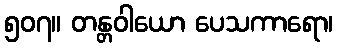
၅၀၇။ တန္တဝါယော ပေသကာရော၊